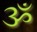
ૐ